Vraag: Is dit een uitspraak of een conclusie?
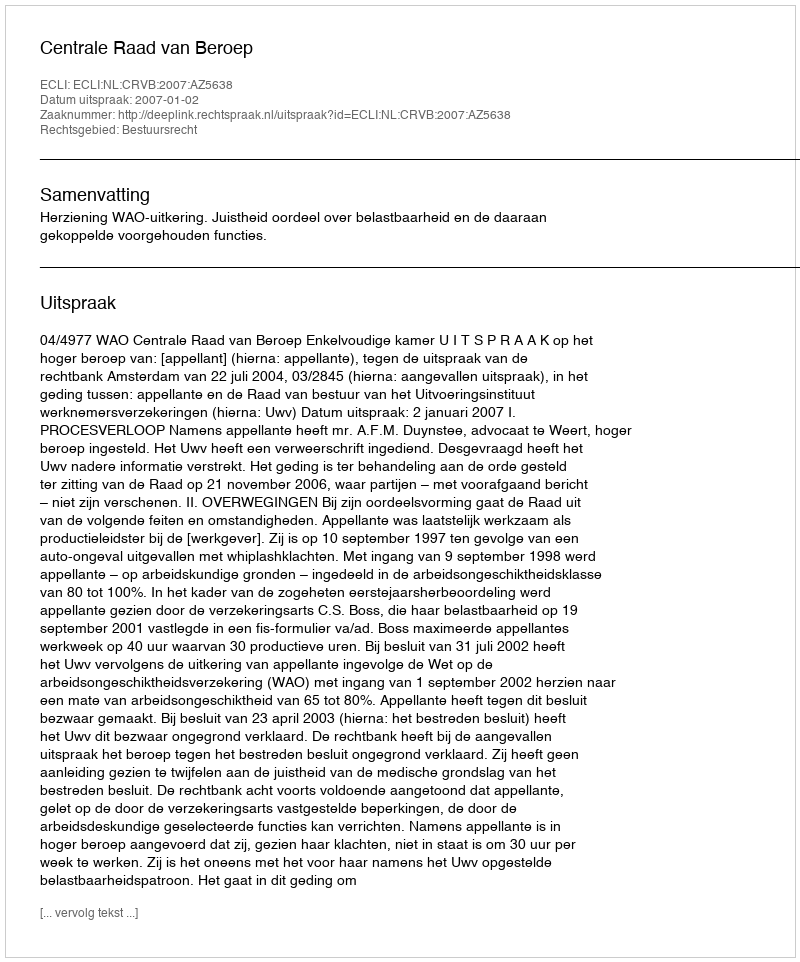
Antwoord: Uitspraak